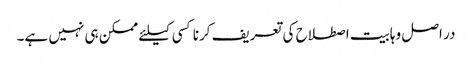
در اصل وہابیت اصطلاح کی تعریف کرنا کسی کیلئے ممکن ہی نہیں ہے۔